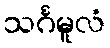
သင်္ဂမူလံ